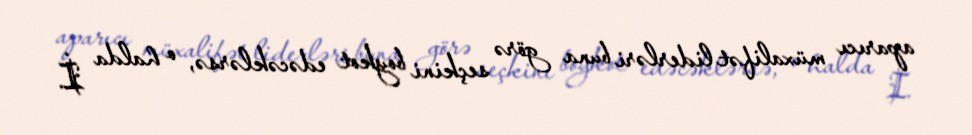
aparıcı müxalifət liderləri buna görə seçkini boykot edəcəklərsə, o halda İ.